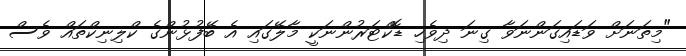
"މިތަނަށް ވަޑައިގަންނަވާ ގިނަ ދިވެހި ޑޮކްޓަރުންނަކީ މާލޭގައި އެ ބޭފުޅުންގެ ކްލިނިކްތައް ވެސް